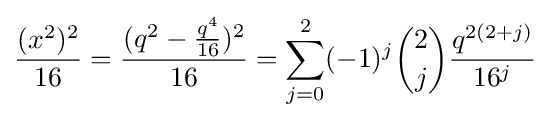
{\frac {(x^{2})^{2}}{16}}={\frac {(q^{2}-{\frac {q^{4}}{16}})^{2}}{16}}=\sum _{j=0}^{2}(-1)^{j}{2 \choose j}{\frac {q^{2(2+j)}}{16^{j}}}